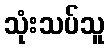
သုံးသပ်သူ